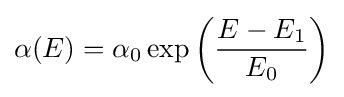
\alpha (E)=\alpha _{0}\exp {\biggl (}{\frac {E-E_{1}}{E_{0}}}{\biggr )}